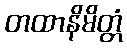
တထာနိမိတ္တံ